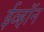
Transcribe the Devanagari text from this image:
ईव्हॉन